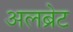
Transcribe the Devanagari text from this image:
अलब्रेट